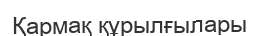
Қармақ құрылғылары